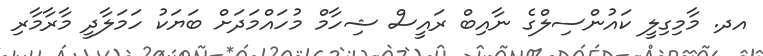
އދ. މާމިގިލީ ކައުންސިލްގެ ނާއިބް ރައީސް ޝިހާމް މުހައްމަދަށް ބަޔަކު ހަމަލާދީ މާރާމާރި